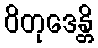
ဝိတုဒေန္တိ